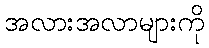
အလားအလာများကို